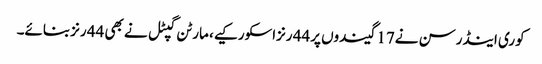
کوری اینڈرسن نے17 گیندوں پر44 رنزاسکورکیے، مارٹن گپٹل نے بھی 44 رنزبنائے۔